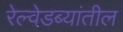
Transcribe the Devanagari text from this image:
रेल्वेडब्यांतील